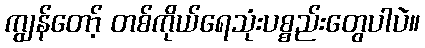
ကျွန်တော့် တစ်ကိုယ်ရေသုံးပစ္စည်းတွေပါပဲ။